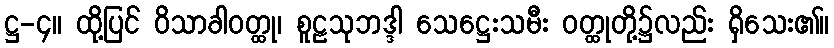
ဋ္ဌ-၄။ ထို့ပြင် ဝိသာခါဝတ္ထု၊ စူဠသုဘဒ္ဒါ သေဋ္ဌေးသမီး ဝတ္ထုတို့၌လည်း ရှိသေး၏။